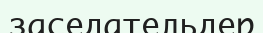
заседательдер